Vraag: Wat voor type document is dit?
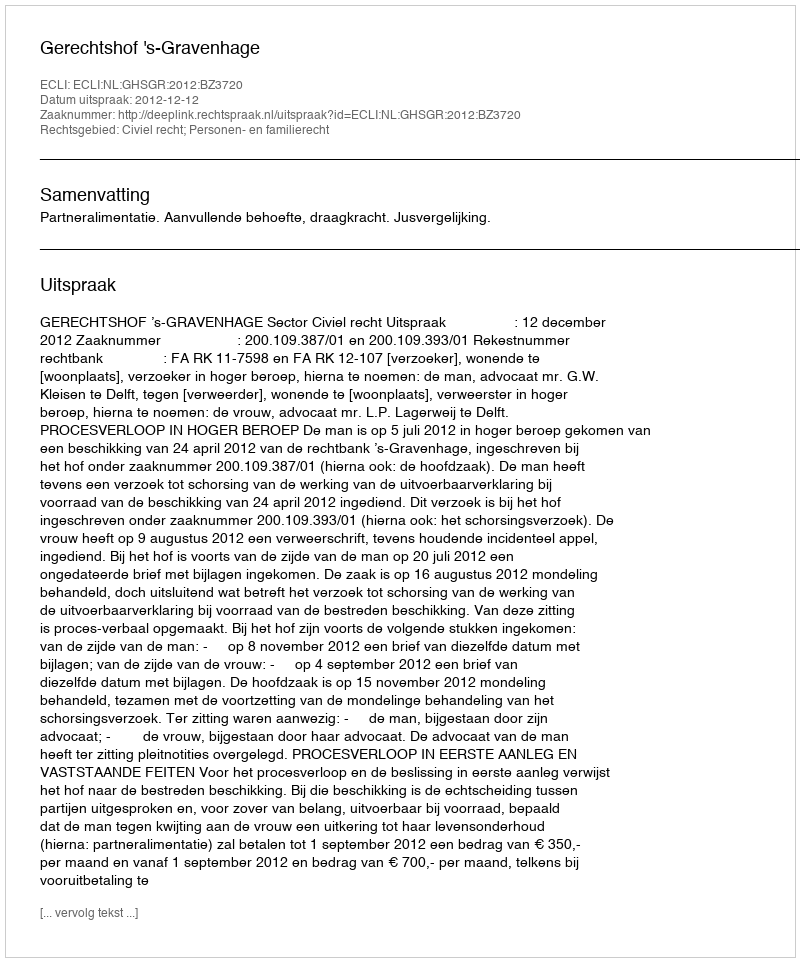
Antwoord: Uitspraak